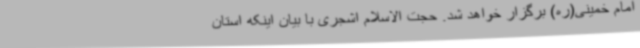
امام خمینی(ره) برگزار خواهد شد. حجت الاسلام اشجری با بیان اینکه استان